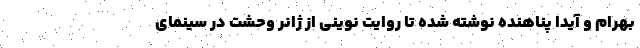
بهرام و آیدا پناهنده نوشته شده تا روایت نوینی از ژانر وحشت در سینمای